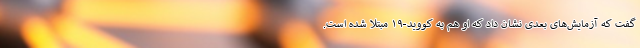
گفت که آزمایش‌های بعدی نشان داد که او هم به کووید-۱۹ مبتلا شده است.